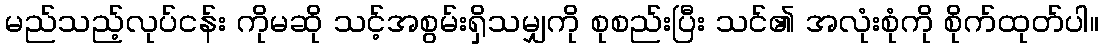
မည်သည့်လုပ်ငန်း ကိုမဆို သင့်အစွမ်းရှိသမျှကို စုစည်းပြီး သင်၏ အလုံးစုံကို စိုက်ထုတ်ပါ။